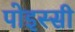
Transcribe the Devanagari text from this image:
पोइस्सी